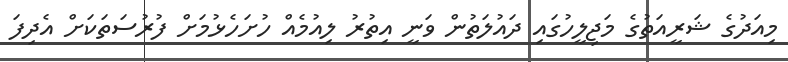
މިއަދުގެ ޝަރީއަތުގެ މަޖިލީހުގައި ދައުލަތުން ވަނީ އިތުރު ލިއުމެއް ހުށަހެޅުމަށް ފުރުސަތަކަށް އެދިފަ